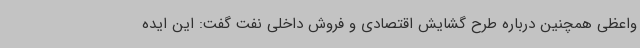
واعظی همچنین درباره طرح گشایش اقتصادی و فروش داخلی نفت گفت: این ایده